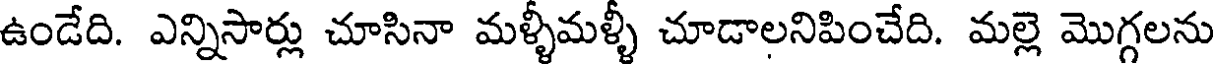
ఉండేది. ఎన్నిసార్లు చూసినా మళ్ళీమళ్ళీ చూడాలనిపించేది. మల్లె మొగ్గలను